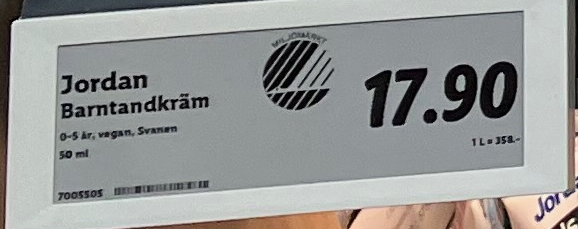
Vara: Jordan Barntandkräm
Genomsnittspris: 358 per L